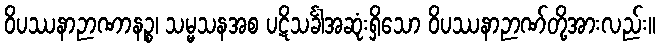
ဝိပဿနာဉာဏာနဉ္စ၊ သမ္မသနအစ ပဋိသင်္ခါအဆုံးရှိသော ဝိပဿနာဉာဏ်တို့အားလည်း။